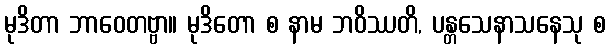
မုဒိတာ ဘာဝေတဗ္ဗာ။ မုဒိတော စ နာမ ဘဝိဿတိ, ပန္တသေနာသနေသု စ